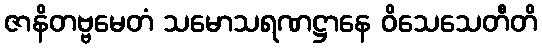
ဇာနိတဗ္ဗမေတံ သမောသရဏဋ္ဌာနေ ဝိသေသေတီတိ